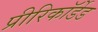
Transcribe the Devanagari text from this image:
प्रीरिकॉर्डेड